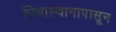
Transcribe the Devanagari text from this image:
निवास्थानापासून